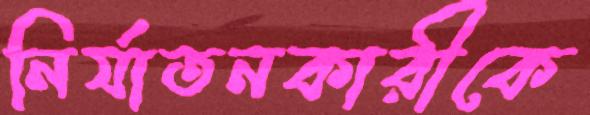
নির্যাতনকারীকে